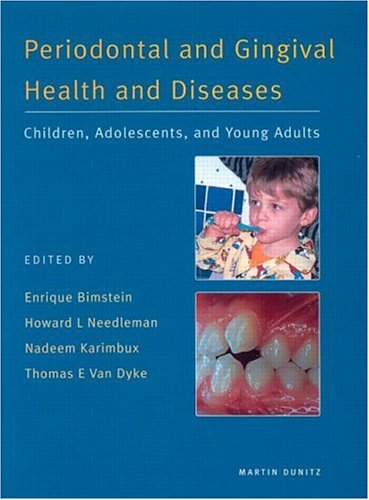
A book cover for Periodontal and Gingival Health and Diseases: Children, Adolescents and Young Adults; Medical Books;